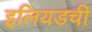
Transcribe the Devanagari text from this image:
इलियडची